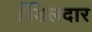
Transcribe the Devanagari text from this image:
हैंडिलदार